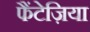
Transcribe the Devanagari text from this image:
फैंटेज़िया